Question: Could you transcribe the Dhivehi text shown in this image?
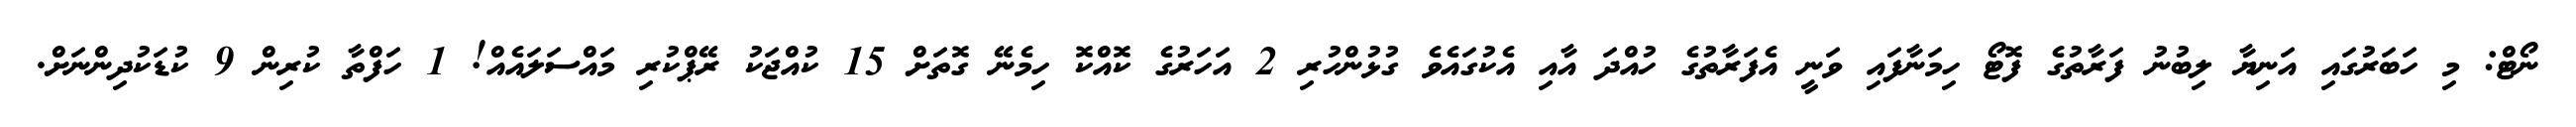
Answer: ނޯޓް: މި ހަބަރުގައި އަނިޔާ ލިބުނު ފަރާތުގެ ފޮޓޯ ހިމަނާފައި ވަނީ އެފަރާތުގެ ހުއްދަ އާއި އެކުގައެވެ ގުޅުންހުރި 2 އަހަރުގެ ކޮއްކޮ ހިމެނޭ ގޮތަށް 15 ކުއްޖަކު ރޭޕްކުރި މައްސަލައެއް! 1 ހަފްތާ ކުރިން 9 ކުޑަކުދިންނަށް.